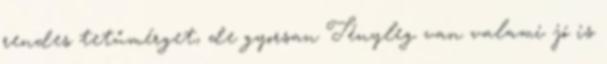
rendes tetűmérget, de gyorsan Tényleg van valami jó is